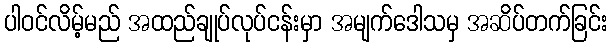
ပါဝင်လိမ့်မည် အထည်ချုပ်လုပ်ငန်းမှာ အမျက်ဒေါသမှ အဆိပ်တက်ခြင်း